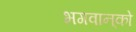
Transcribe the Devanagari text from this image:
भगवान्‌को